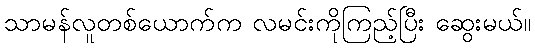
သာမန်လူတစ်ယောက်က လမင်းကိုကြည့်ပြီး ဆွေးမယ်။